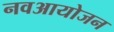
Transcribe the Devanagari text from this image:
नवआयोजन